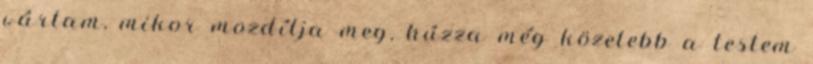
vártam, mikor mozdítja meg, húzza még közelebb a testem